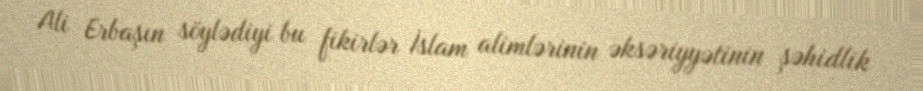
Ali Erbaşın söylədiyi bu fikirlər İslam alimlərinin əksəriyyətinin şəhidlik